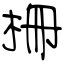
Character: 柵